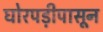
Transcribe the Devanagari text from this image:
घोरपड़ीपासून